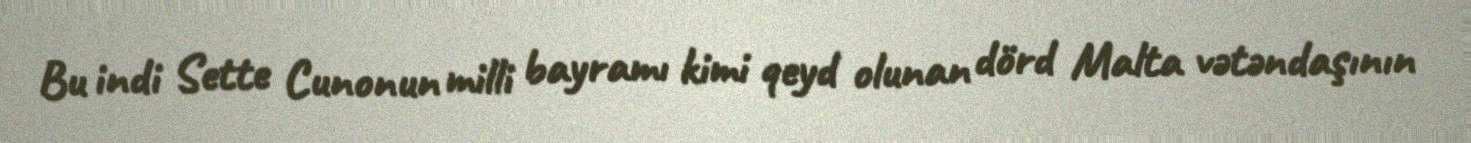
Bu indi Sette Cunonun milli bayramı kimi qeyd olunan dörd Malta vətəndaşının